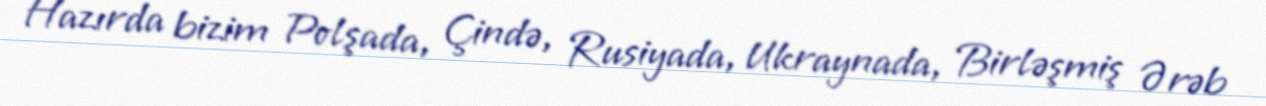
Hazırda bizim Polşada, Çində, Rusiyada, Ukraynada, Birləşmiş Ərəb